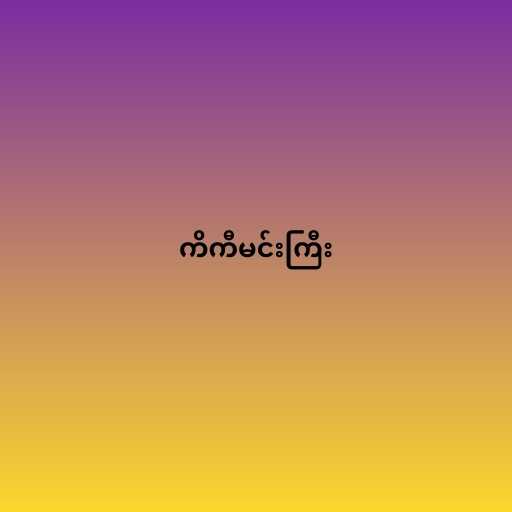
ကိကီမင်းကြီး